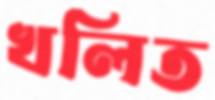
খলিত